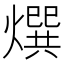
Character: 㷷